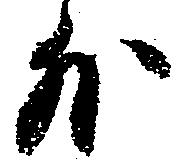
外